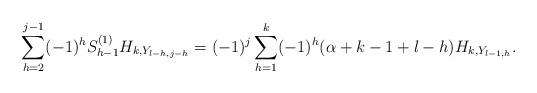
LaTeX: \begin{align*}\sum_{h=2}^{j-1}(-1)^{h}S_{h-1}^{(1)}H_{k,Y_{l-h,j-h}}=(-1)^{j}\sum_{h=1}^{k}(-1)^{h}(\alpha+k-1+l-h)H_{k,Y_{l-1,h}}.\end{align*}